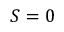
S = 0